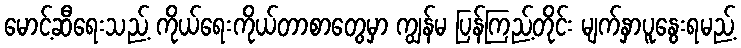
မောင့်ဆီရေးသည့် ကိုယ်ရေးကိုယ်တာစာတွေမှာ ကျွန်မ ပြန်ကြည့်တိုင်း မျက်နှာပူနွေးရမည့်